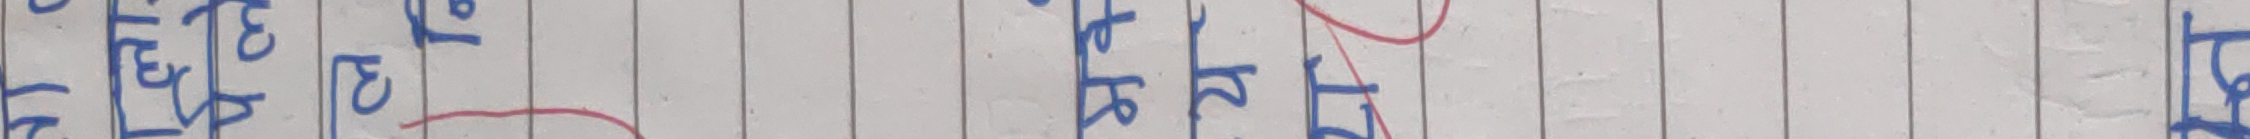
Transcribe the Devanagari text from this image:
प्रदेश ३ को